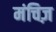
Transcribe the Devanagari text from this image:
मंचिज़